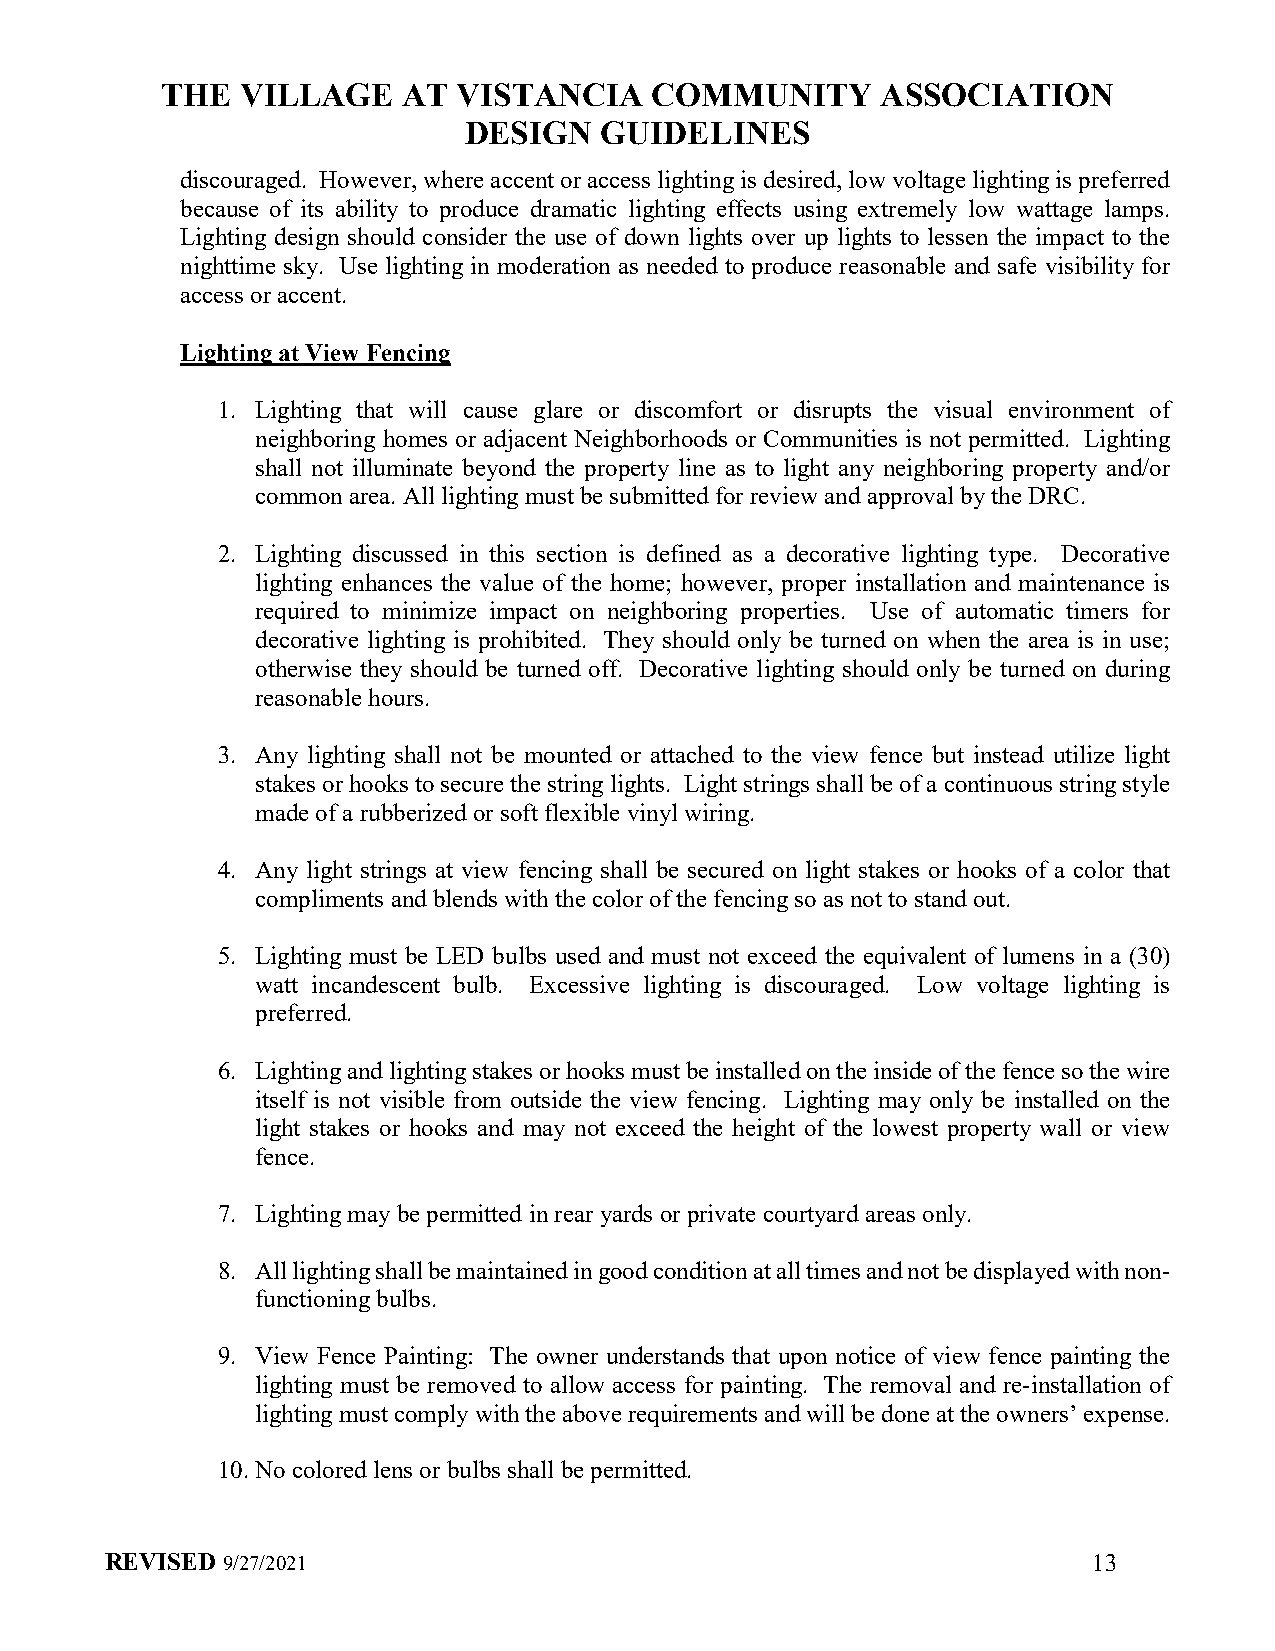
THE  VILLAGE    AT VISTANCIA    COMMUNITY      ASSOCIATION
 DESIGN   GUIDELINES
 discouraged. However, where accent or access lighting is desired, low voltage lighting is preferred
 because of its ability to produce dramatic lighting effects using extremely low wattage lamps.
 Lighting design should consider the use of down lights over up lights to lessen the impact to the
 nighttime sky. Use lighting in moderation as needed to produce reasonable and safe visibility for
 access or accent.
 Lighting at View Fencing
 1. Lighting that will cause glare or discomfort or disrupts the visual environment of
 neighboring homes or adjacent Neighborhoods or Communities is not permitted. Lighting
 shall not illuminate beyond the property line as to light any neighboring property and/or
 common area. All lighting must be submitted for review and approval by the DRC.
 2. Lighting discussed in this section is defined as a decorative lighting type. Decorative
 lighting enhances the value of the home; however, proper installation and maintenance is
 required to minimize impact on neighboring properties. Use of automatic timers for
 decorative lighting is prohibited. They should only be turned on when the area is in use;
 otherwise they should be turned off. Decorative lighting should only be turned on during
 reasonable hours.
 3. Any lighting shall not be mounted or attached to the view fence but instead utilize light
 stakes or hooks to secure the string lights. Light strings shall be of a continuous string style
 made of a rubberized or soft flexible vinyl wiring.
 4. Any light strings at view fencing shall be secured on light stakes or hooks of a color that
 compliments and blends with the color of the fencing so as not to stand out.
 5. Lighting must be LED bulbs used and must not exceed the equivalent of lumens in a (30)
 watt incandescent bulb. Excessive lighting is discouraged. Low voltage lighting is
 preferred.
 6. Lighting and lighting stakes or hooks must be installed on the inside of the fence so the wire
 itself is not visible from outside the view fencing. Lighting may only be installed on the
 light stakes or hooks and may not exceed the height of the lowest property wall or view
 fence.
 7. Lighting may be permitted in rear yards or private courtyard areas only.
 8. All lighting shall be maintained in good condition at all times and not be displayed with non-
 functioning bulbs.
 9. View Fence Painting: The owner understands that upon notice of view fence painting the
 lighting must be removed to allow access for painting. The removal and re-installation of
 lighting must comply with the above requirements and will be done at the owners’ expense.
 10. No colored lens or bulbs shall be permitted.
 REVISED 9/27/2021                                                13